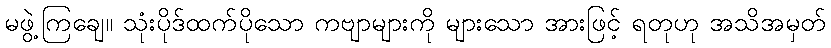
မဖွဲ့ကြချေ။ သုံးပိုဒ်ထက်ပိုသော ကဗျာများကို များသော အားဖြင့် ရတုဟု အသိအမှတ်